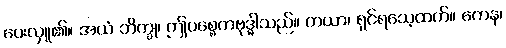
ပေးလှူ၏။ အယံ ဘိက္ခု၊ ဤပစ္စေကဗုဒ္ဓါသည်။ တယာ၊ ရှင်ရသေ့ထက်။ ကေန၊